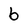
Character: 6